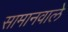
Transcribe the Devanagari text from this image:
सामानवाले